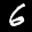
Label: 6